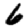
Digit: 6